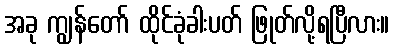
အခု ကျွန်တော် ထိုင်ခုံခါးပတ် ဖြုတ်လို့ရပြီလား။